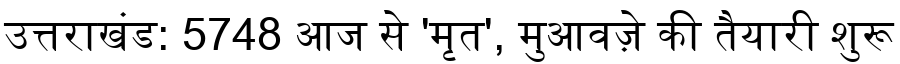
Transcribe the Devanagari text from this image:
उत्तराखंड: 5748 आज से 'मृत', मुआवज़े की तैयारी शुरू